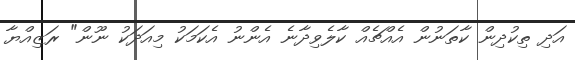
އަދި ތިކުދިން ކާތަނުން އެއްޗެއް ކާލެވިދާނެ އެންނު އެކަމަކު މިއަދަކު ނޫން" ރަޒިއްޔާ